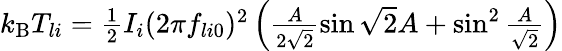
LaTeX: \begin{array}{r}{k_{\mathrm{B}}T_{li}=\frac{1}{2}I_{i}(2\pi f_{li0})^{2}\left(\frac{A}{2\sqrt{2}}\sin\sqrt{2}A+\sin^{2}\frac{A}{\sqrt{2}}\right)}\end{array}